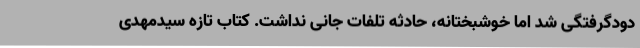
دودگرفتگی شد اما خوشبختانه، حادثه تلفات جانی نداشت. کتاب تازه سیدمهدی